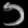
Digit: ၁